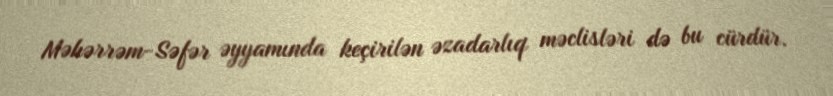
Məhərrəm-Səfər əyyamında keçirilən əzadarlıq məclisləri də bu cürdür.